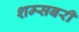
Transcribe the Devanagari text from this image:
शम्सबरी